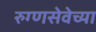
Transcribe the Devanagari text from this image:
रुग्णसेवेच्या